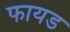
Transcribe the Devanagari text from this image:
फायड